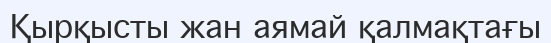
Қырқысты жан аямай қалмақтағы